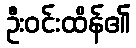
ဦးဝင်းထိန်၏